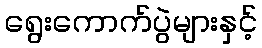
ရွေးကောက်ပွဲများနှင့်